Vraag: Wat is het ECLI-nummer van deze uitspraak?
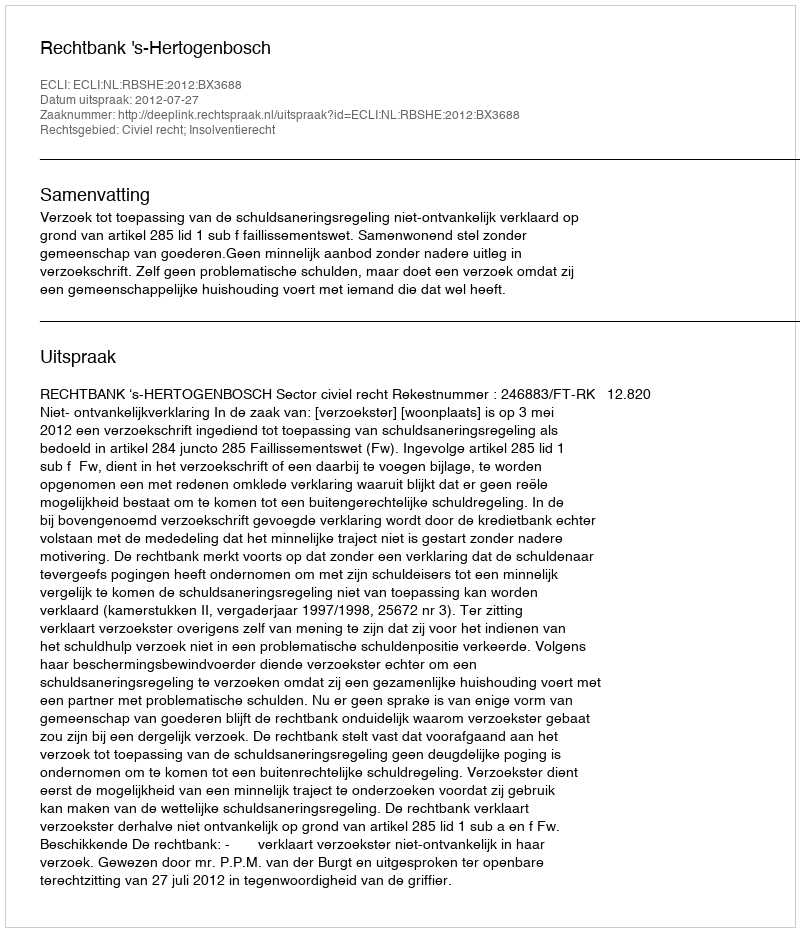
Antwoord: ECLI:NL:RBSHE:2012:BX3688